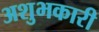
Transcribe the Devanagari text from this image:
अशुभकारी